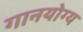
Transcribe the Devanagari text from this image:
गानयोग्य